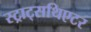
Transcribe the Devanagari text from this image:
स्ट्राट्सथिएटर